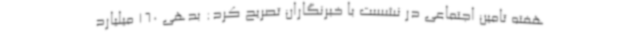
هفته تامین اجتماعی در نشست با خبرنگاران تصریح کرد: بدهی 160 میلیارد